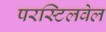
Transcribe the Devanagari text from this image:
परस्टिलवेल